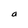
Character: a